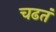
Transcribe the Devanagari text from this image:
चढतं